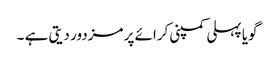
گویا پہلی کمپنی کرائے پر مزدور دیتی ہے ۔